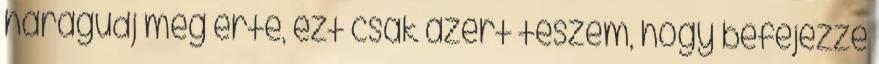
haragudj meg érte, ezt csak azért teszem, hogy befejezze